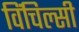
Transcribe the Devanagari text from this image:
विंचिल्सी